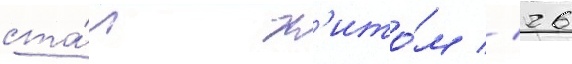
ста́л х'ито́м // 26